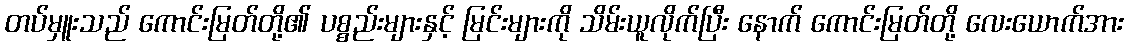
တပ်မှူးသည် ကောင်းမြတ်တို့၏ ပစ္စည်းများနှင့် မြင်းများကို သိမ်းယူလိုက်ပြီး နောက် ကောင်းမြတ်တို့ လေးယောက်အား